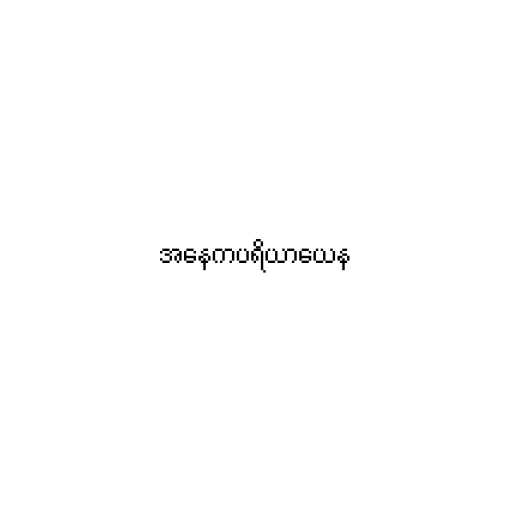
အနေကပရိယာယေန